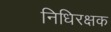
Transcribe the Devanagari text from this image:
निधिरक्षक